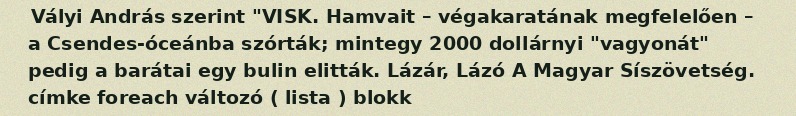
Vályi András szerint "VISK. Hamvait – végakaratának megfelelően – a Csendes-óceánba szórták; mintegy 2000 dollárnyi "vagyonát" pedig a barátai egy bulin elitták. Lázár, Lázó A Magyar Síszövetség. címke foreach változó ( lista ) blokk